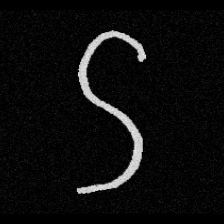
Pyu character \u2014 Myanmar letter: ဌ (romanized: ttha)